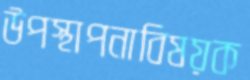
উপস্থাপনাবিষয়ক